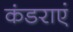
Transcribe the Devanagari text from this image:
कंडराएं